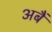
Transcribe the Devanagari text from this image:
अबैं